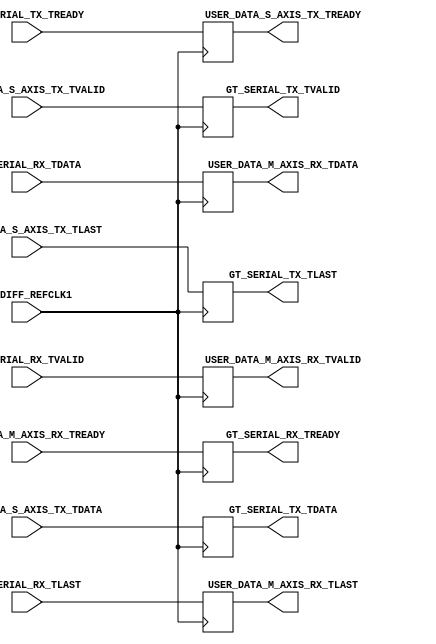
module aurora_lite
(

    (* X_INTERFACE_INFO = "xilinx.com:signal:clock:1.0 GT_DIFF_REFCLK1 CLK" *)
    (* X_INTERFACE_PARAMETER = "ASSOCIATED_BUSIF USER_DATA_S_AXIS_TX:USER_DATA_M_AXIS_RX:GT_SERIAL_TX:GT_SERIAL_RX" *)
    input GT_DIFF_REFCLK1,


    //=================================  AXI Input Stream interface  ================================
    input [255:0] USER_DATA_S_AXIS_TX_TDATA,
    input         USER_DATA_S_AXIS_TX_TVALID,
    input         USER_DATA_S_AXIS_TX_TLAST,
    output reg    USER_DATA_S_AXIS_TX_TREADY,
    //===============================================================================================



    //=================================  AXI Output Stream interface  ================================
    output reg[255:0] USER_DATA_M_AXIS_RX_TDATA,
    output reg        USER_DATA_M_AXIS_RX_TVALID,
    output reg        USER_DATA_M_AXIS_RX_TLAST,
    input             USER_DATA_M_AXIS_RX_TREADY,
    //===============================================================================================



    //================================  QSFP Input Stream interface  ================================
    input [255:0] GT_SERIAL_RX_TDATA,
    input         GT_SERIAL_RX_TVALID,
    input         GT_SERIAL_RX_TLAST,
    output reg    GT_SERIAL_RX_TREADY,
    //===============================================================================================



    //===============================  QSFP Output Stream interface  ================================
    output reg [255:0] GT_SERIAL_TX_TDATA,
    output reg         GT_SERIAL_TX_TVALID,
    output reg         GT_SERIAL_TX_TLAST,
    input              GT_SERIAL_TX_TREADY
    //===============================================================================================



);

    always @(posedge GT_DIFF_REFCLK1) begin

        // Connect the user-data TX input to the GT_SERIAL_TX interface
        GT_SERIAL_TX_TDATA  <= USER_DATA_S_AXIS_TX_TDATA;
        GT_SERIAL_TX_TVALID <= USER_DATA_S_AXIS_TX_TVALID;
        GT_SERIAL_TX_TLAST  <= USER_DATA_S_AXIS_TX_TLAST;
        USER_DATA_S_AXIS_TX_TREADY <= GT_SERIAL_TX_TREADY;

        // Connect the user-data RX output to the GT_SERIAL_RX interface
        USER_DATA_M_AXIS_RX_TDATA  <= GT_SERIAL_RX_TDATA;
        USER_DATA_M_AXIS_RX_TVALID <= GT_SERIAL_RX_TVALID;
        USER_DATA_M_AXIS_RX_TLAST  <= GT_SERIAL_RX_TLAST;
        GT_SERIAL_RX_TREADY        <= USER_DATA_M_AXIS_RX_TREADY;
    end

endmodule